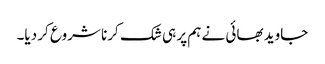
جاوید بھائی نے ہم پر ہی شک کرنا شروع کر دیا۔